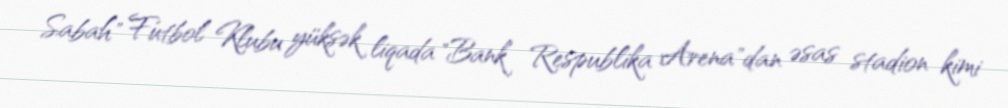
Sabah" Futbol Klubu yüksək liqada "Bank Respublika Arena"dan əsas stadion kimi